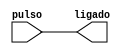
module Value(
    input pulso,
    output ligado 
);
    
    assign ligado = pulso; 

endmodule

module liga_desliga;
    reg pulso; 
    wire ligado; 

    Value inicio(pulso, ligado);    
    always #1 pulso = ~pulso;
    initial begin 
        $dumpvars(0,inicio); 
        #0
        pulso <= 1;
        #20;
        $finish;
    end

endmodule